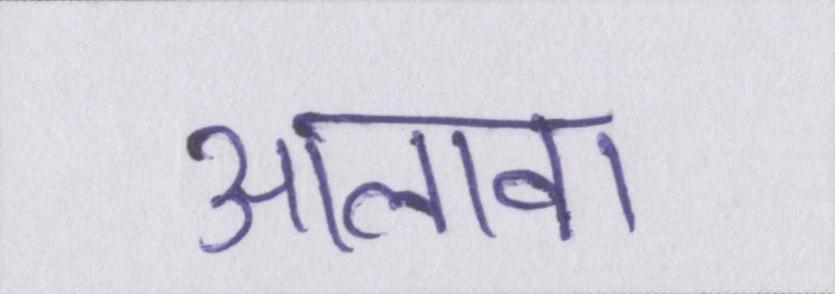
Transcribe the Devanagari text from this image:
आलावा